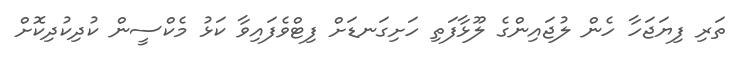
ތަރި ފިޔަޖަހާ ހެން ލުޖައިންގެ ލޫޅާފަތި ހަށިގަނޑަށް ފިޓްވެފައިވާ ކަޅު މެކްސީން ކުދިކުދިކޮށް